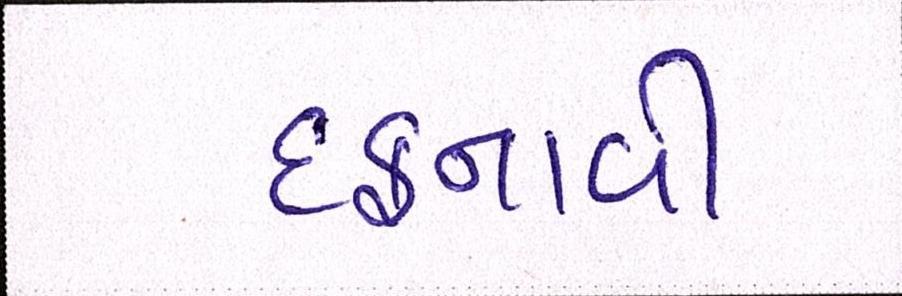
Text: દફનાવી